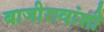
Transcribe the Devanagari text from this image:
बाजीरावांशी